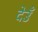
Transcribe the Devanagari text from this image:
देउँ